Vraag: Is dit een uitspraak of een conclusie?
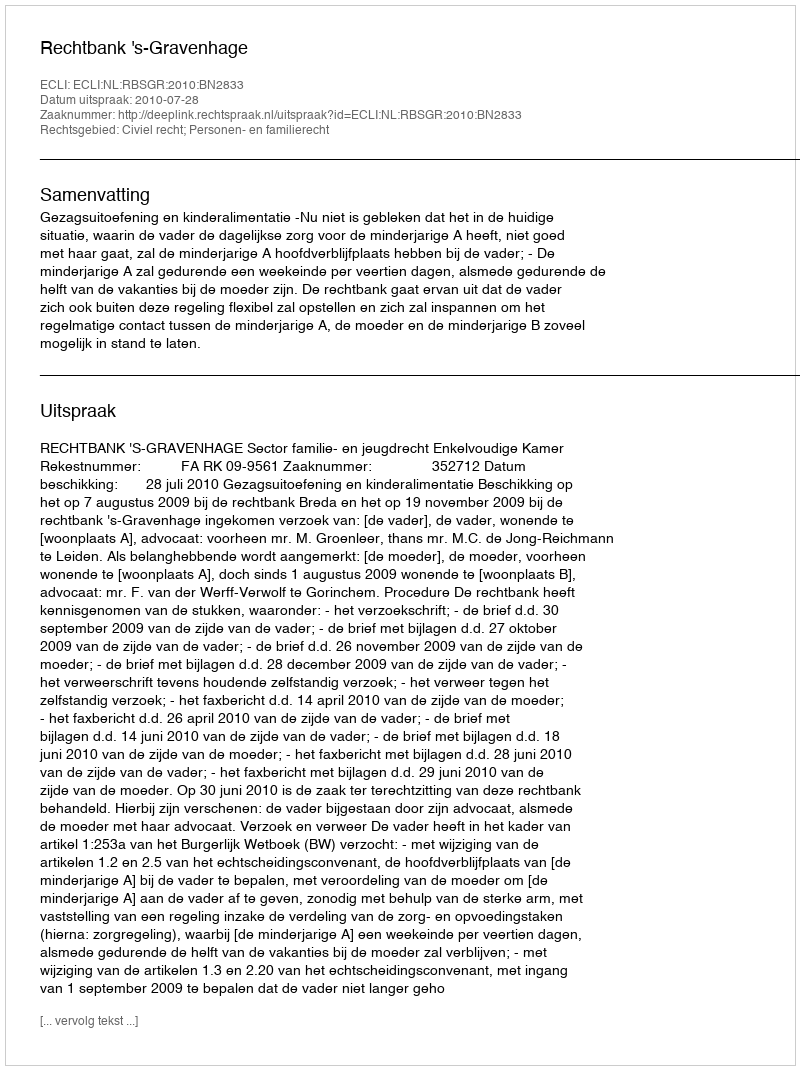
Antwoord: Uitspraak